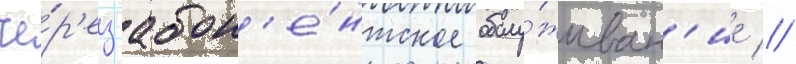
че́р'ез абон'е́нтское обслу́живан'ие //